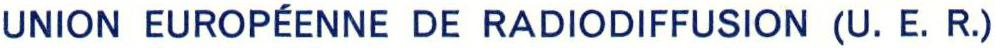
UNION EUROPÉENNE DE RADIODIFFUSION (U.E. R.)